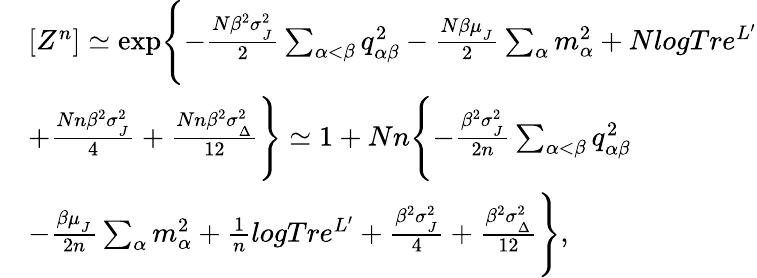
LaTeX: \begin{array}{rl}&{[Z^{n}]\simeq\exp\Biggl\{ -\frac{N\beta^{2}\sigma_{_{J}}^{2}}{2}\sum_{\alpha<\beta}q_{\alpha\beta}^{2}-\frac{N\beta\mu_{_{J}}}{2}\sum_{\alpha}m_{\alpha}^{2}+NlogTre^{L^{\prime}}}\\ &{+\frac{Nn\beta^{2}\sigma_{_{J}}^{2}}{4}+\frac{Nn\beta^{2}\sigma_{_{\Delta}}^{2}}{12}\Biggr\} \simeq 1+Nn\Biggl\{ -\frac{\beta^{2}\sigma_{_{J}}^{2}}{2n}\sum_{\alpha<\beta}q_{\alpha\beta}^{2}}\\ &{-\frac{\beta\mu_{_{J}}}{2n}\sum_{\alpha}m_{\alpha}^{2}+\frac{1}{n}logTre^{L^{\prime}}+\frac{\beta^{2}\sigma_{_{J}}^{2}}{4}+\frac{\beta^{2}\sigma_{_{\Delta}}^{2}}{12}\Biggr\} ,}\end{array}